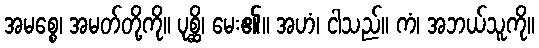
အမစ္စေ၊ အမတ်တို့ကို။ ပုစ္ဆိ၊ မေး၏။ အဟံ၊ ငါသည်။ ကံ၊ အဘယ်သူကို။